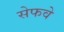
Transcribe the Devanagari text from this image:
सेफवे